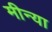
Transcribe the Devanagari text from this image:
मीन्या